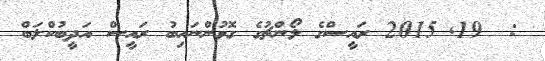
:  19